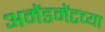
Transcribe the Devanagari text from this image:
अमेंडमेंटच्या